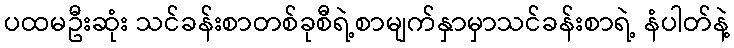
ပထမဦးဆုံး သင်ခန်းစာတစ်ခုစီရဲ့စာမျက်နှာမှာသင်ခန်းစာရဲ့ နံပါတ်နဲ့